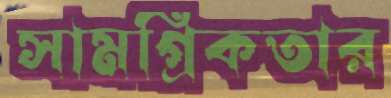
সামগ্রিকতার